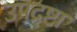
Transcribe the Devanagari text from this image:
उपद्र्ष्टा